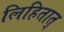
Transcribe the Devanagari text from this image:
लिहितात्